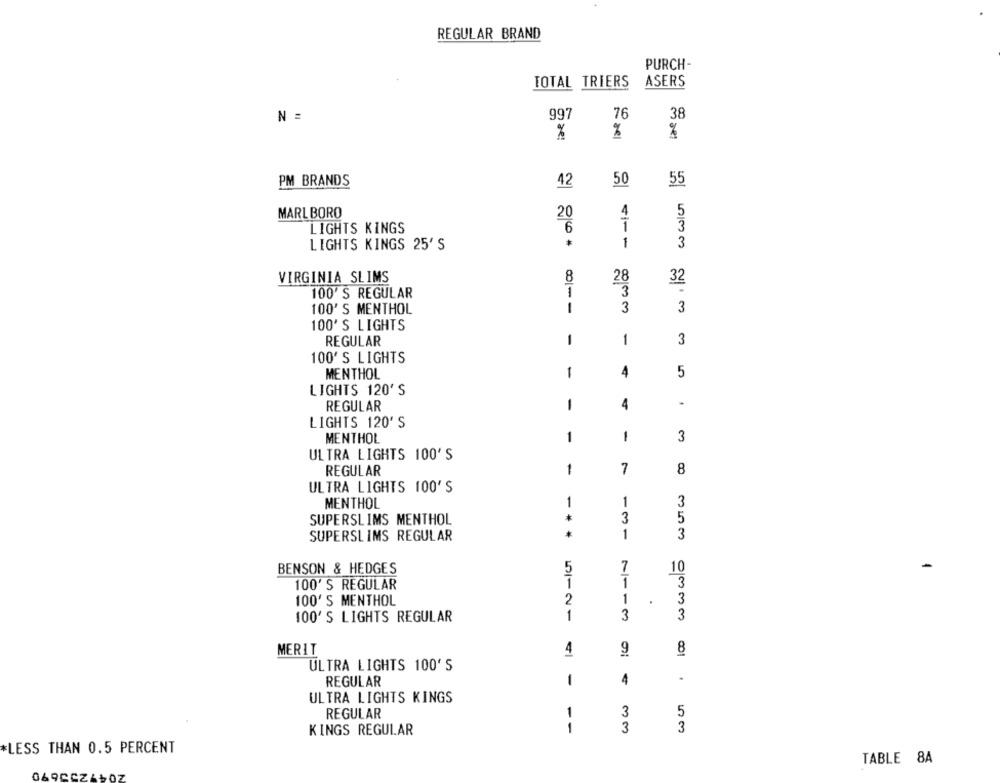
REGULAR BRAND
PURCH-
TOTAL TRIERS
ASERS
N =
997
76
38
%
%
%
PM BRANDS
42
50
55
4
MARLBORO
20
5
3
LIGHTS KINGS
6
1
LIGHTS KINGS 25' S
3
VIRGINIA SLIMS
8
28
32
1
100' S REGULAR
3
100' S MENTHOL
1
3
3
100'S LIGHTS
REGULAR
1
1
3
100'S LIGHTS
MENTHOL
1
4
5
LIGHTS 120'S
REGULAR
1
4
.
LIGHTS 120'S
MENTHOL
1
1
3
ULTRA LIGHTS 100'S
REGULAR
1
7
8
ULTRA LIGHTS 100'S
MENTHOL
1
1
3
3
5
SUPERSLIMS MENTHOL
SUPERSLIMS REGULAR
1
3
BENSON & HEDGES
5
1
10
100' S REGULAR
1
1
3
100' S MENTHOL
2
1
3
100' S LIGHTS REGULAR
1
3
3
MERIT
4
8
9
ULTRA LIGHTS 100' S
REGULAR
1
4
.
ULTRA LIGHTS KINGS
3
5
REGULAR
3
3
KINGS REGULAR
--
*LESS THAN 0.5 PERCENT
TABLE 8A
069CCZ4